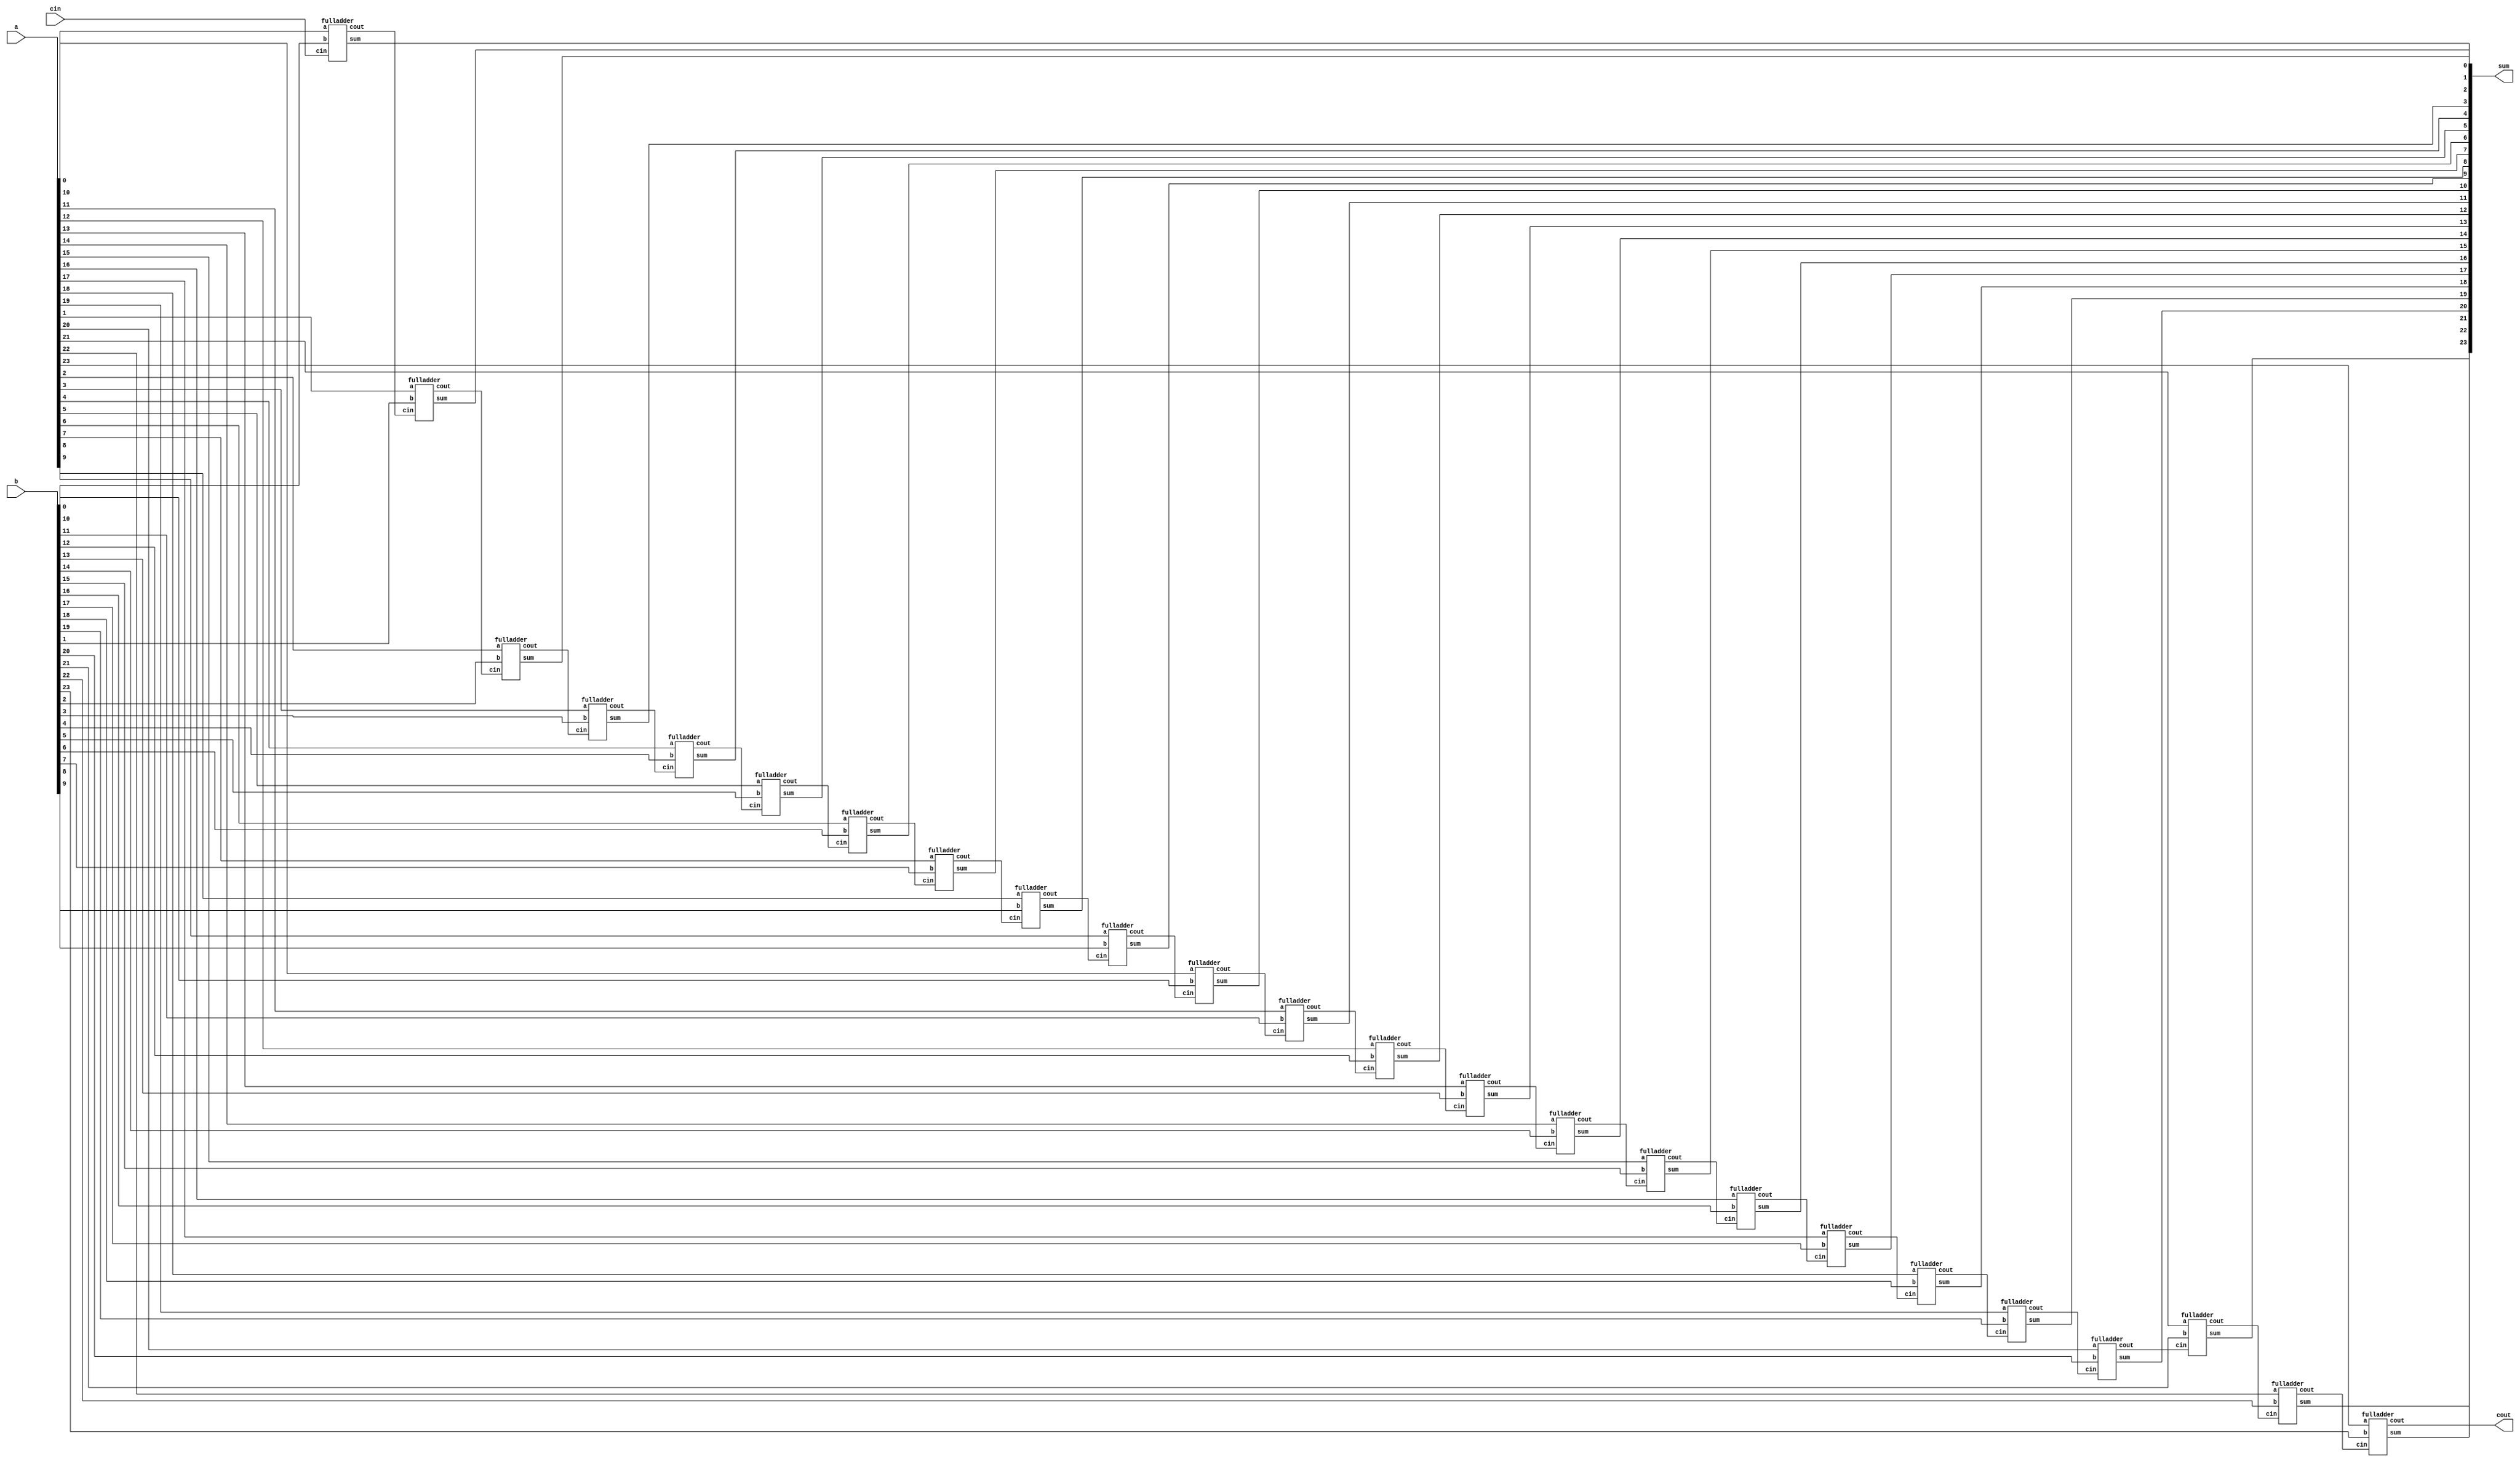
// ripple carry adder 
module rc_adder_24bit (
    input  wire [23:0] a   ,
    input  wire [23:0] b   ,
    input  wire        cin ,
    output wire [23:0] sum ,
    output wire        cout
);

    wire [24:0] c_inter;

    assign c_inter[0] = cin;

    genvar i;
    generate
        for (i = 0; i < 24; i=i+1) begin
            fulladder i_fa (
                .a   (a[i]),
                .b   (b[i]),
                .cin (c_inter[i]),
                .sum (sum[i]),
                .cout(c_inter[i+1])
            );
        end
    endgenerate

    assign cout = c_inter[24];

endmodule

module fulladder (
    input  wire a   ,
    input  wire b   ,
    input  wire cin ,
    output wire sum ,
    output wire cout
);
    assign sum = a ^ b ^ cin;
    assign cout = (a & b) | (cin & (a | b));

endmodule